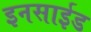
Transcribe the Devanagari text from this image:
इनसाईड